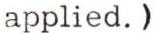
applied. )